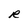
Character: R